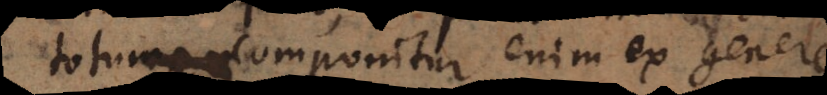
totum, componitur enim ex genere